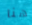
هنا